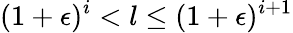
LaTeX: (1+\epsilon)^{i}<l\leq(1+\epsilon)^{i+1}